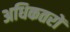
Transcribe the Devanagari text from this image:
अधिकतरों